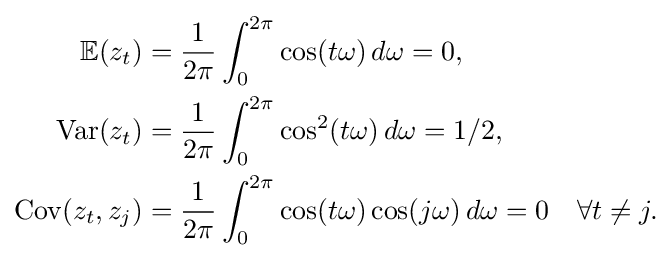
{\begin{aligned}\mathbb {E} (z_{t})&={\frac {1}{2\pi }}\int _{0}^{2\pi }\cos(t\omega )\,d\omega =0,\\\operatorname {Var} (z_{t})&={\frac {1}{2\pi }}\int _{0}^{2\pi }\cos ^{2}(t\omega )\,d\omega =1/2,\\\operatorname {Cov} (z_{t},z_{j})&={\frac {1}{2\pi }}\int _{0}^{2\pi }\cos(t\omega )\cos(j\omega )\,d\omega =0\quad \forall t\neq j.\end{aligned}}